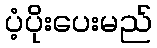
ပံ့ပိုးပေးမည်